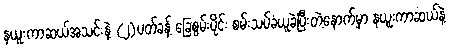
နယူးကာဆယ်အသင်းနဲ့ (၂)ပတ်ခန့် ခြေစွမ်းပိုင်း စမ်းသပ်ခံယူခဲ့ပြီးတဲ့နောက်မှာ နယူးကာဆယ်နဲ့